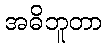
အဓိဘူတာ